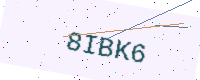
Text: 8IBK6